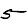
Digit: 5